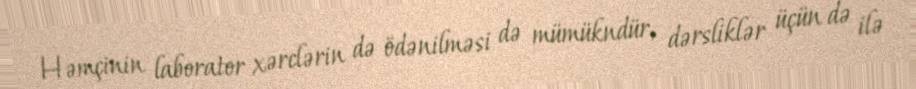
Həmçinin laborator xərclərin də ödənilməsi də mümükndür, dərsliklər üçün də ilə